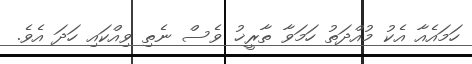
ހަމައެއާ އެކު މުއްދަތު ހަމަވާ ތާރީޚު ވެސް ނެތި ވިއްކައި ހަދަ އެވެ.